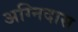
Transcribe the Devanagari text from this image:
अग्निदास